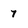
Character: 7